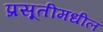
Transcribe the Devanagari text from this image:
प्रसूतीमधील